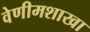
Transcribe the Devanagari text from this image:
वेणीमशाखा